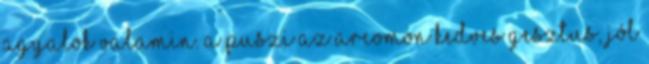
agyalok valamin. A puszi az arcomon kedves gesztus, jól